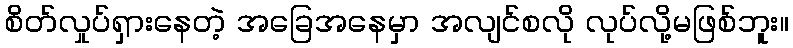
စိတ်လှုပ်ရှားနေတဲ့ အခြေအနေမှာ အလျင်စလို လုပ်လို့မဖြစ်ဘူး။